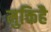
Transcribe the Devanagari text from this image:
मुक्तिहै